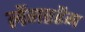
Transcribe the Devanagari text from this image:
लेंगरहैम